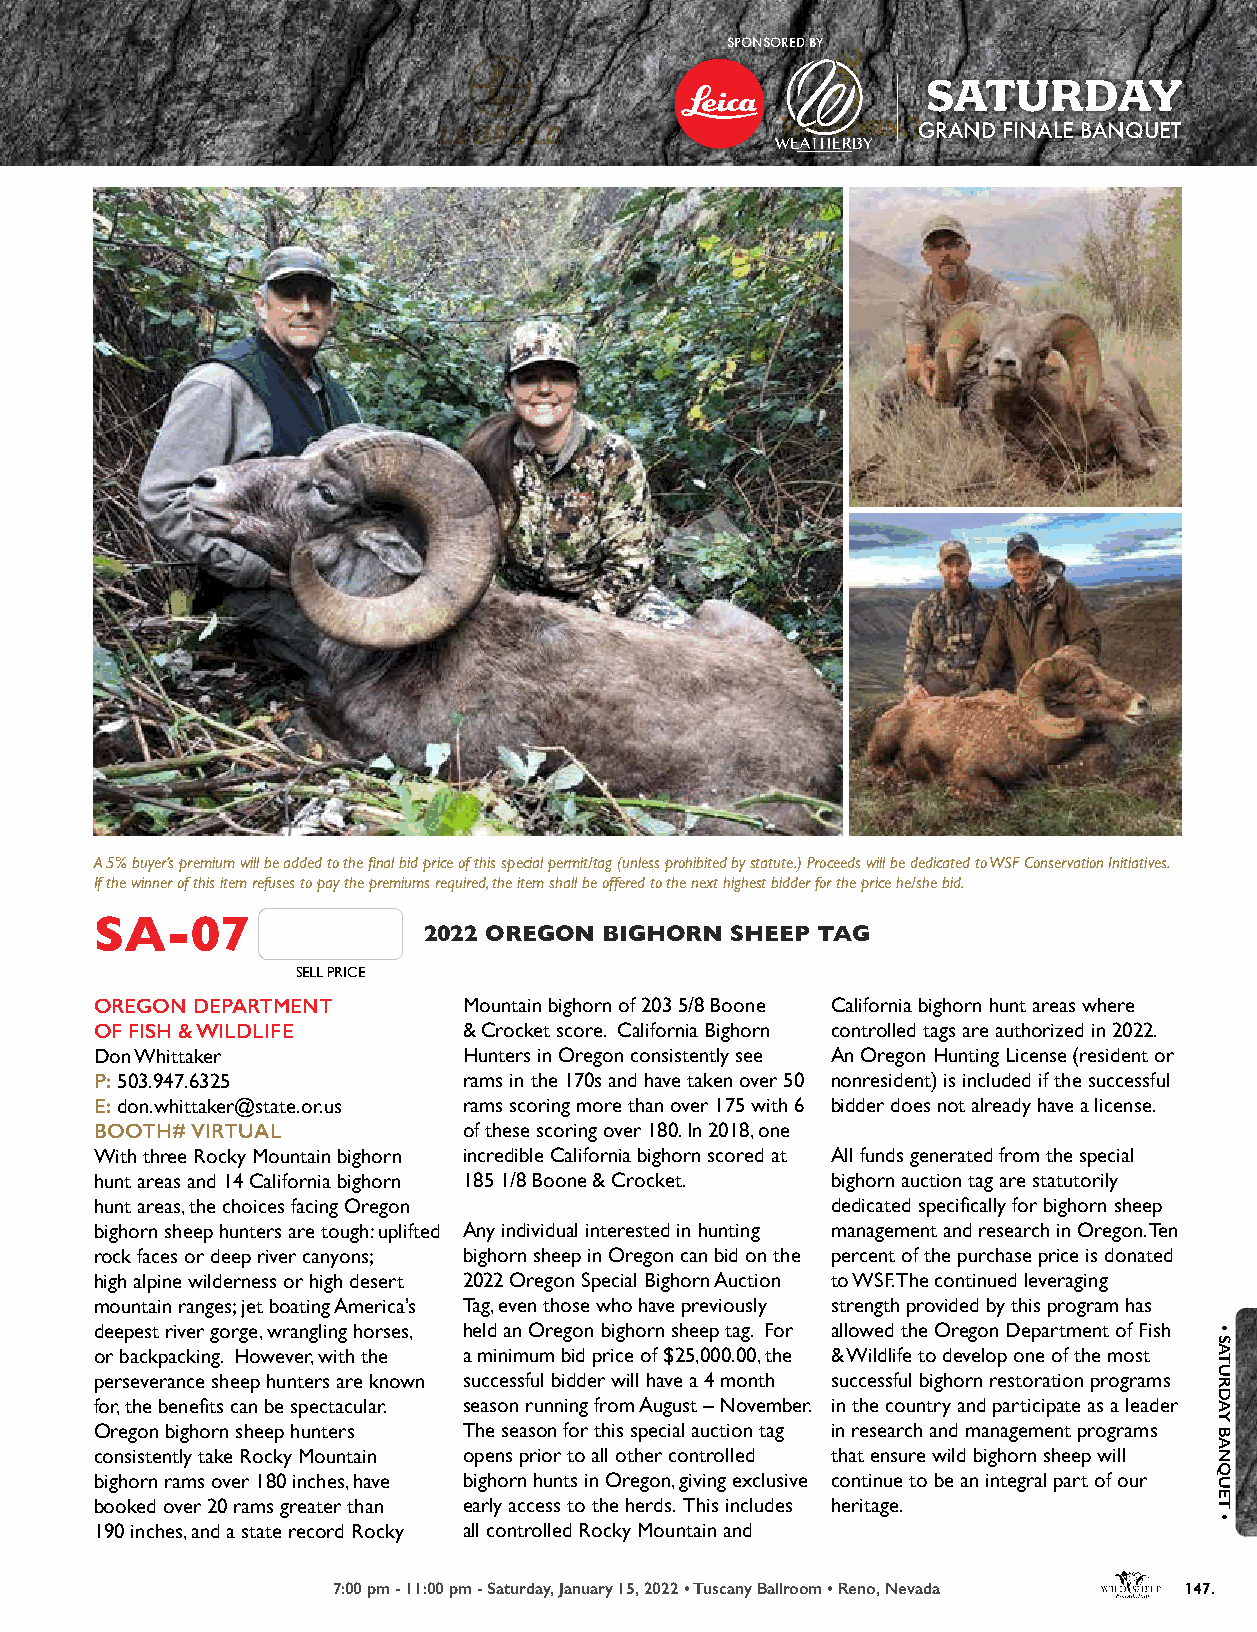
SPONSORED BY
 SATURDAY
 GRAND FINALE BANQUET
 A 5% buyer’s premium will be added to the final bid price of this special permit/tag (unless prohibited by statute.) Proceeds will be dedicated to WSF Conservation Initiatives.
 If the winner of this item refuses to pay the premiums required, the item shall be offered to the next highest bidder for the price he/she bid.
 SA-07
 2022 OREGON BIGHORN SHEEP TAG
 SELL PRICE
 OREGON DEPARTMENT        Mountain bighorn of 203 5/8 Boone California bighorn hunt areas where
 OF FISH & WILDLIFE       & Crocket score. California Bighorn controlled tags are authorized in 2022.
 Don Whittaker            Hunters in Oregon consistently see An Oregon Hunting License (resident or
 P: 503.947.6325          rams in the 170s and have taken over 50 nonresident) is included if the successful
 E: don.whittaker@state.or.us rams scoring more than over 175 with 6 bidder does not already have a license.
 BOOTH# VIRTUAL           of these scoring over 180. In 2018, one
 With three Rocky Mountain bighorn incredible California bighorn scored at All funds generated from the special
 hunt areas and 14 California bighorn 185 1/8 Boone & Crocket. bighorn auction tag are statutorily
 hunt areas, the choices facing Oregon            dedicated specifically for bighorn sheep
 bighorn sheep hunters are tough: uplifted Any individual interested in hunting management and research in Oregon. Ten
 rock faces or deep river canyons; bighorn sheep in Oregon can bid on the percent of the purchase price is donated
 high alpine wilderness or high desert 2022 Oregon Special Bighorn Auction to WSF. The continued leveraging
 mountain ranges; jet boating America’s Tag, even those who have previously strength provided by this program has
 deepest river gorge, wrangling horses, held an Oregon bighorn sheep tag. For allowed the Oregon Department of Fish
 or backpacking. However, with the a minimum bid price of $25,000.00, the & Wildlife to develop one of the most
 perseverance sheep hunters are known successful bidder will have a 4 month successful bighorn restoration programs
 for, the benefits can be spectacular. season running from August – November. in the country and participate as a leader
 Oregon bighorn sheep hunters The season for this special auction tag in research and management programs
 consistently take Rocky Mountain opens prior to all other controlled that ensure wild bighorn sheep will
 bighorn rams over 180 inches, have bighorn hunts in Oregon, giving exclusive continue to be an integral part of our
 booked over 20 rams greater than early access to the herds. This includes heritage.
 190 inches, and a state record Rocky all controlled Rocky Mountain and
 7:00 pm - 11:00 pm - Saturday, January 15, 2022 • Tuscany Ballroom • Reno, Nevada 147.
 •
 SATURDAY
 BANQUET
 •